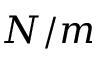
N / m